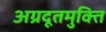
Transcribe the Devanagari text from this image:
अग्रदूतमुक्ति